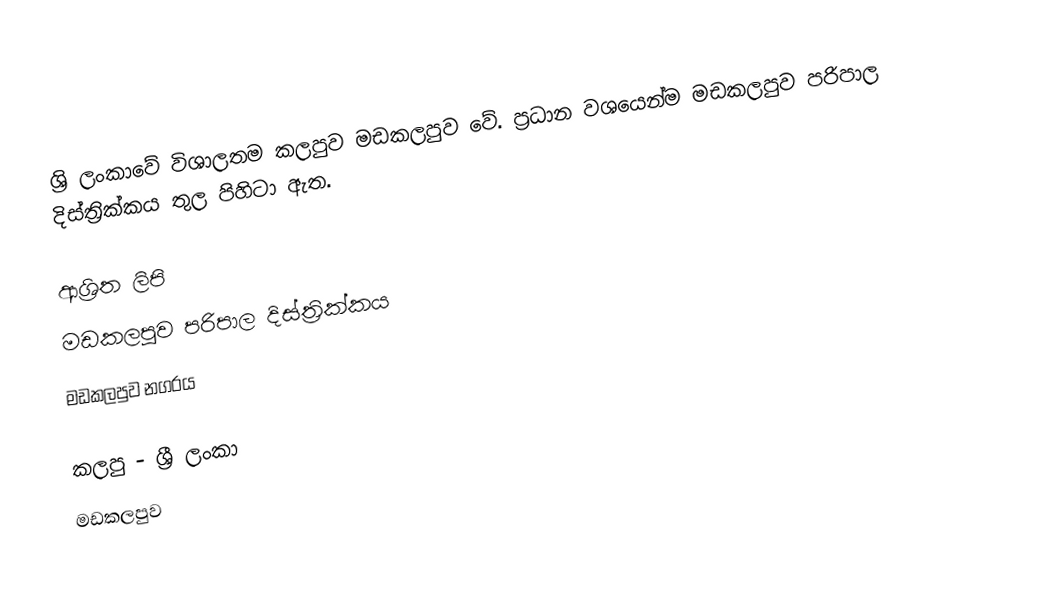
ශ්‍රි ලංකාවේ විශාලතම කලපුව මඩකලපුව වේ. ප්‍රධාන වශයෙන්ම මඩකලපුව පරිපාල දිස්ත්‍රික්කය තුල පිහිටා ඇත.

ආශ්‍රිත ලිපි
 මඩකලපුව පරිපාල දිස්ත්‍රික්කය
 මඩකලපුව නගරය

කලපු - ශ්‍රී ලංකා
මඩකලපුව